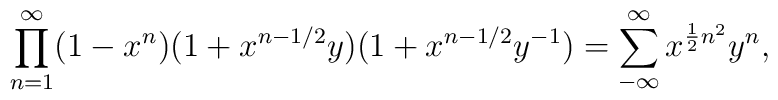
\prod_{n=1}^{\infty} (1-x^{n})(1+ x^{n-1/2}y)(1+x^{n-1/2}y^{-1})=\sum_{-\infty}^{\infty} x^{\frac{1}{2} n^{2}} y^{n} ,